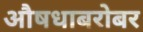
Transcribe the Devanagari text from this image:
औषधाबरोबर